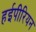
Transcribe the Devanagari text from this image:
हईपीरियन